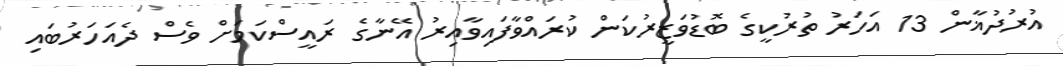
އުރުދުޣާން 13 އަހަރު ތުރުކީގެ ބޮޑުވަޒީރުކަން ކުރައްވާފައިވާއިރު އޭނާގެ ރައީސްކަމަށް ވެސް ދެއަހަރުބައި